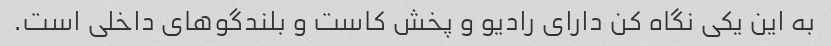
به این یکی نگاه کن دارای رادیو و پخش کاست و بلندگوهای داخلی است.